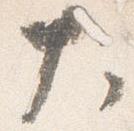
大